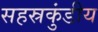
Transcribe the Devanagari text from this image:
सहस्रकुंडीय